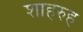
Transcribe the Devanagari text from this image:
शाहरुह